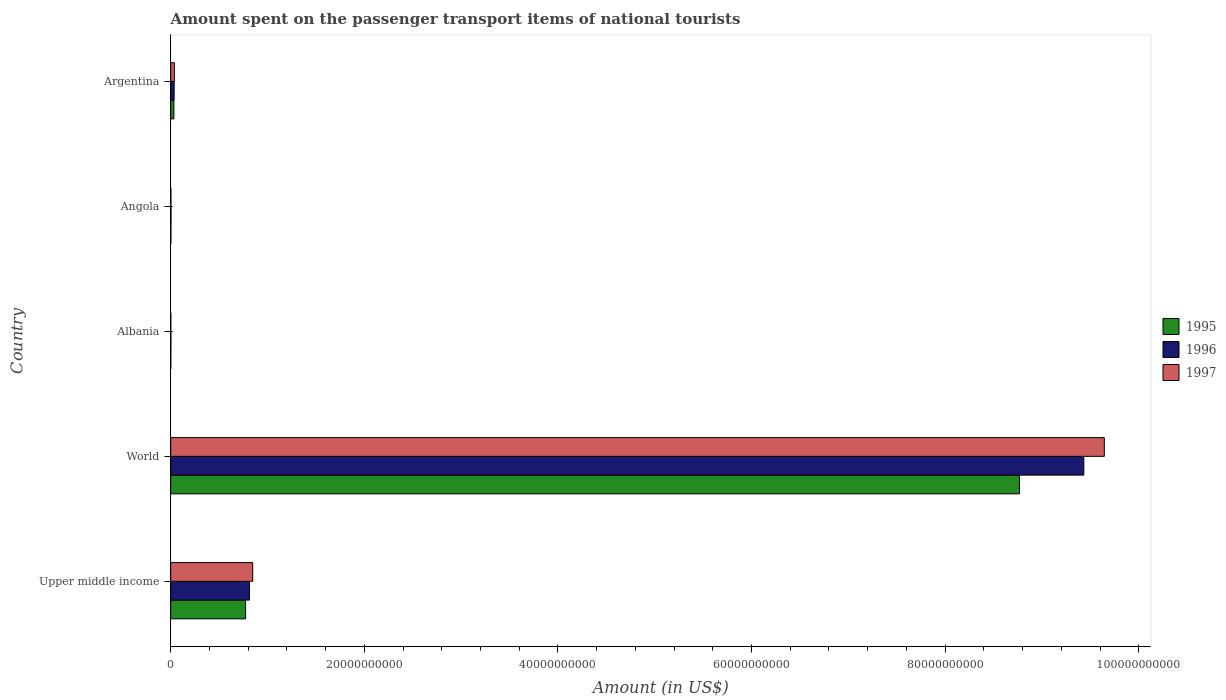
| Country | 1995 | 1996 | 1997 |
 | --- | --- | --- | --- |
 | Upper middle income | 7.73e+09 | 8.13e+09 | 8.47e+09 |
 | World | 8.77e+10 | 9.43e+10 | 9.64e+10 |
 | Albania | 5.4e+06 | 1.68e+07 | 6.6e+06 |
 | Angola | 1.7e+07 | 2.9e+07 | 1.5e+07 |
 | Argentina | 3.28e+08 | 3.54e+08 | 3.75e+08 |